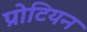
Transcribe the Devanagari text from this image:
प्रोटियन